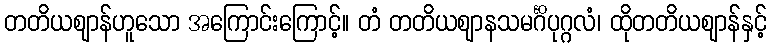
တတိယဈာန်ဟူသော အကြောင်းကြောင့်။ တံ တတိယဈာနသမင်္ဂိပုဂ္ဂလံ၊ ထိုတတိယဈာန်နှင့်